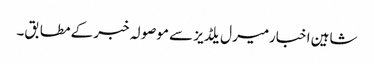
شاہین اخبارمیرل یلڈیز سے موصولہ خبر کے مطابق۔